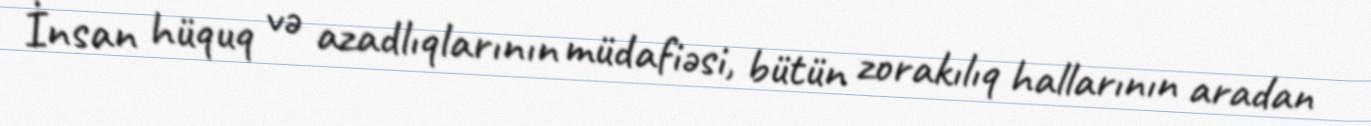
İnsan hüquq və azadlıqlarının müdafiəsi, bütün zorakılıq hallarının aradan